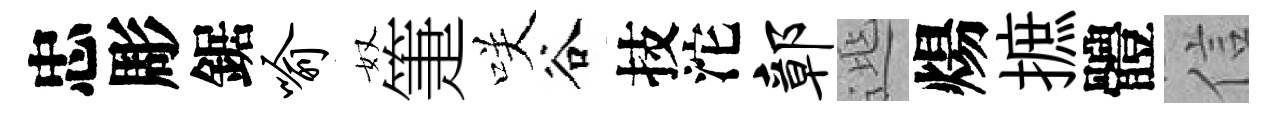
忠彫鋸喻奴箑咲谷技沱鄣𨓱煬摭體信